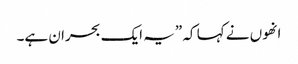
انھوں نے کہا کہ ”یہ ایک بحران ہے۔